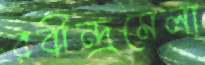
রবীন্দ্রমেলা